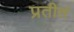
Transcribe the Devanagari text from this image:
प्रतीतं